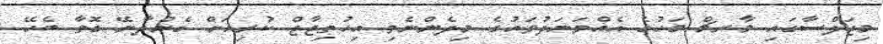
މިޖަލްސާގައި މާރޗް މަހުގެ އެއްވަނަދުވަހުގެ މިދެންނެވި އިހުތިޖާޖް ކުރިއަށް ގެންދާނޭ ގޮތާ ބެހޭ